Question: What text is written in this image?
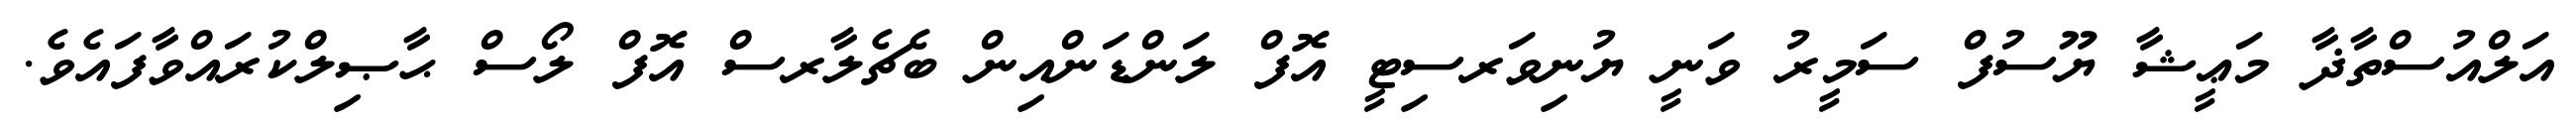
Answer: އަލްއުސްތާޛާ މަޢީޝާ ޔޫސުފް ސަމީރު ވަނީ ޔުނިވަރސިޓީ އޮފް ލަންޑަންއިން ބެޗެލާރސް އޮފް ލޯސް ޙާޞިލްކުރައްވާފައެވެ.